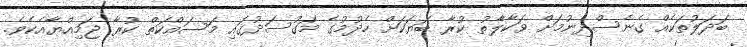
ބަދަލުތަކެއް ގެނެސްދިނުމަށް ވަކާލާތު ކުރާ ބަޔަކަށް ހެދުމުގެ މަގުސަދުގައި މަސައްކަތް ކުރާ ޖަމިއްޔާއެކެވެ.